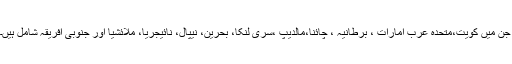
جن میں کویت،متحدہ عرب امارات ، برطانیہ ، چائنا،مالدیپ ،سری لنکا، بحرین، نیپال، نائیجریا، ملائشیا اور جنوبی افریقہ شامل ہیں۔